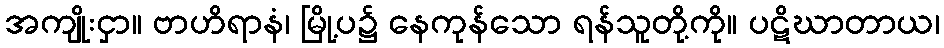
အကျိုးငှာ။ ဗာဟိရာနံ၊ မြို့ပ၌ နေကုန်သော ရန်သူတို့ကို။ ပဋိဃာတာယ၊